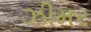
ઝીમર